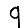
Digit: 9